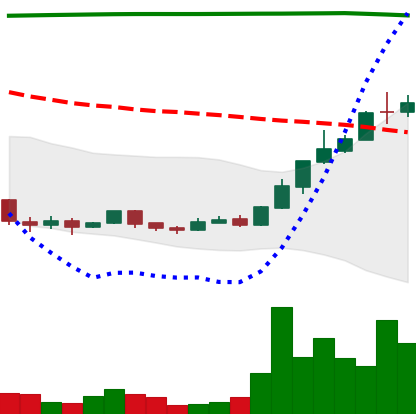
Ticker: DOGE-USD
Chart end date: 2018-04-17
Forward return: 16.758%
Label: up_7plus